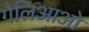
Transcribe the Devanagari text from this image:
गैलिआओ